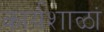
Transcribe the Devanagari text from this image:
कार्यशाळां